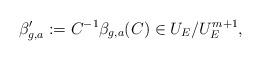
LaTeX: \begin{align*}\beta_{g,a}^{\prime} := C^{-1} \beta_{g,a}(C) \in U_E/U_E^{m+1}, \end{align*}